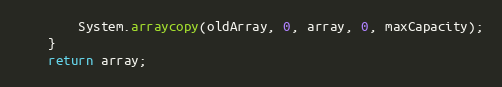
Language: Java
	    System.arraycopy(oldArray, 0, array, 0, maxCapacity);
	}
	return array;